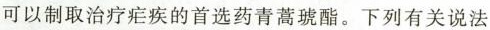
可以制取治疗疟疾的首选药青蒿琥酯。下列有关说法